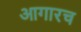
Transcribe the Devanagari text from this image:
आगारच